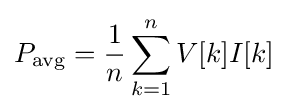
P_{\text{avg}}={\frac {1}{n}}\sum _{k=1}^{n}V[k]I[k]